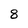
Character: 8